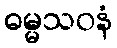
ဓမ္မသဝနံ